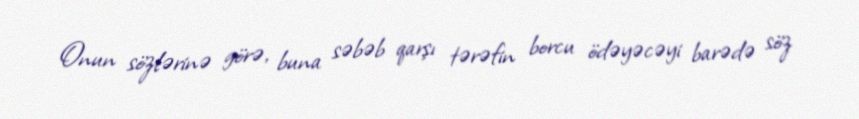
Onun sözlərinə görə, buna səbəb qarşı tərəfin borcu ödəyəcəyi barədə söz